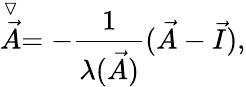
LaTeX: \stackrel{\triangledown}{\vec{A}}=-\frac{1}{\lambda(\vec{A})}(\vec{A}-\vec{I}),